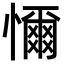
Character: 𢣚